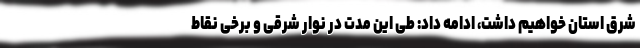
شرق استان خواهیم داشت، ادامه داد: طی این مدت در نوار شرقی و برخی نقاط